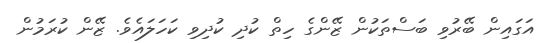
އަގައިން ބޭރުވި ބަސްތަކުން ޒޭންގެ ހިތް ކުދި ކުދިވި ކަހަލައެވެ. ޒޭން ކުރަމުން